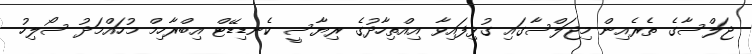
ޖަލްސާގެ ތެރެއިން މިޖަލްސާގައި ގުޅިފައިވާ އިއްތިހާދުގެ ރިޔާސީ ކެނޑިޑޭޓް އިބްރާހިމް މުހައްމަދު ސޯލިހު